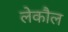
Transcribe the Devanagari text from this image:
लेकौल